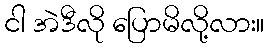
ငါ အဲဒီလို ပြောမိလို့လား။